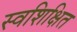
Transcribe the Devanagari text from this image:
स्वशिक्षित